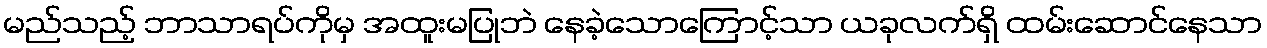
မည်သည့် ဘာသာရပ်ကိုမှ အထူးမပြုဘဲ နေခဲ့သောကြောင့်သာ ယခုလက်ရှိ ထမ်းဆောင်နေသာ